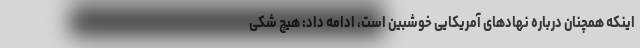
اینکه همچنان درباره نهادهای آمریکایی خوشبین است، ادامه داد: هیچ شکی